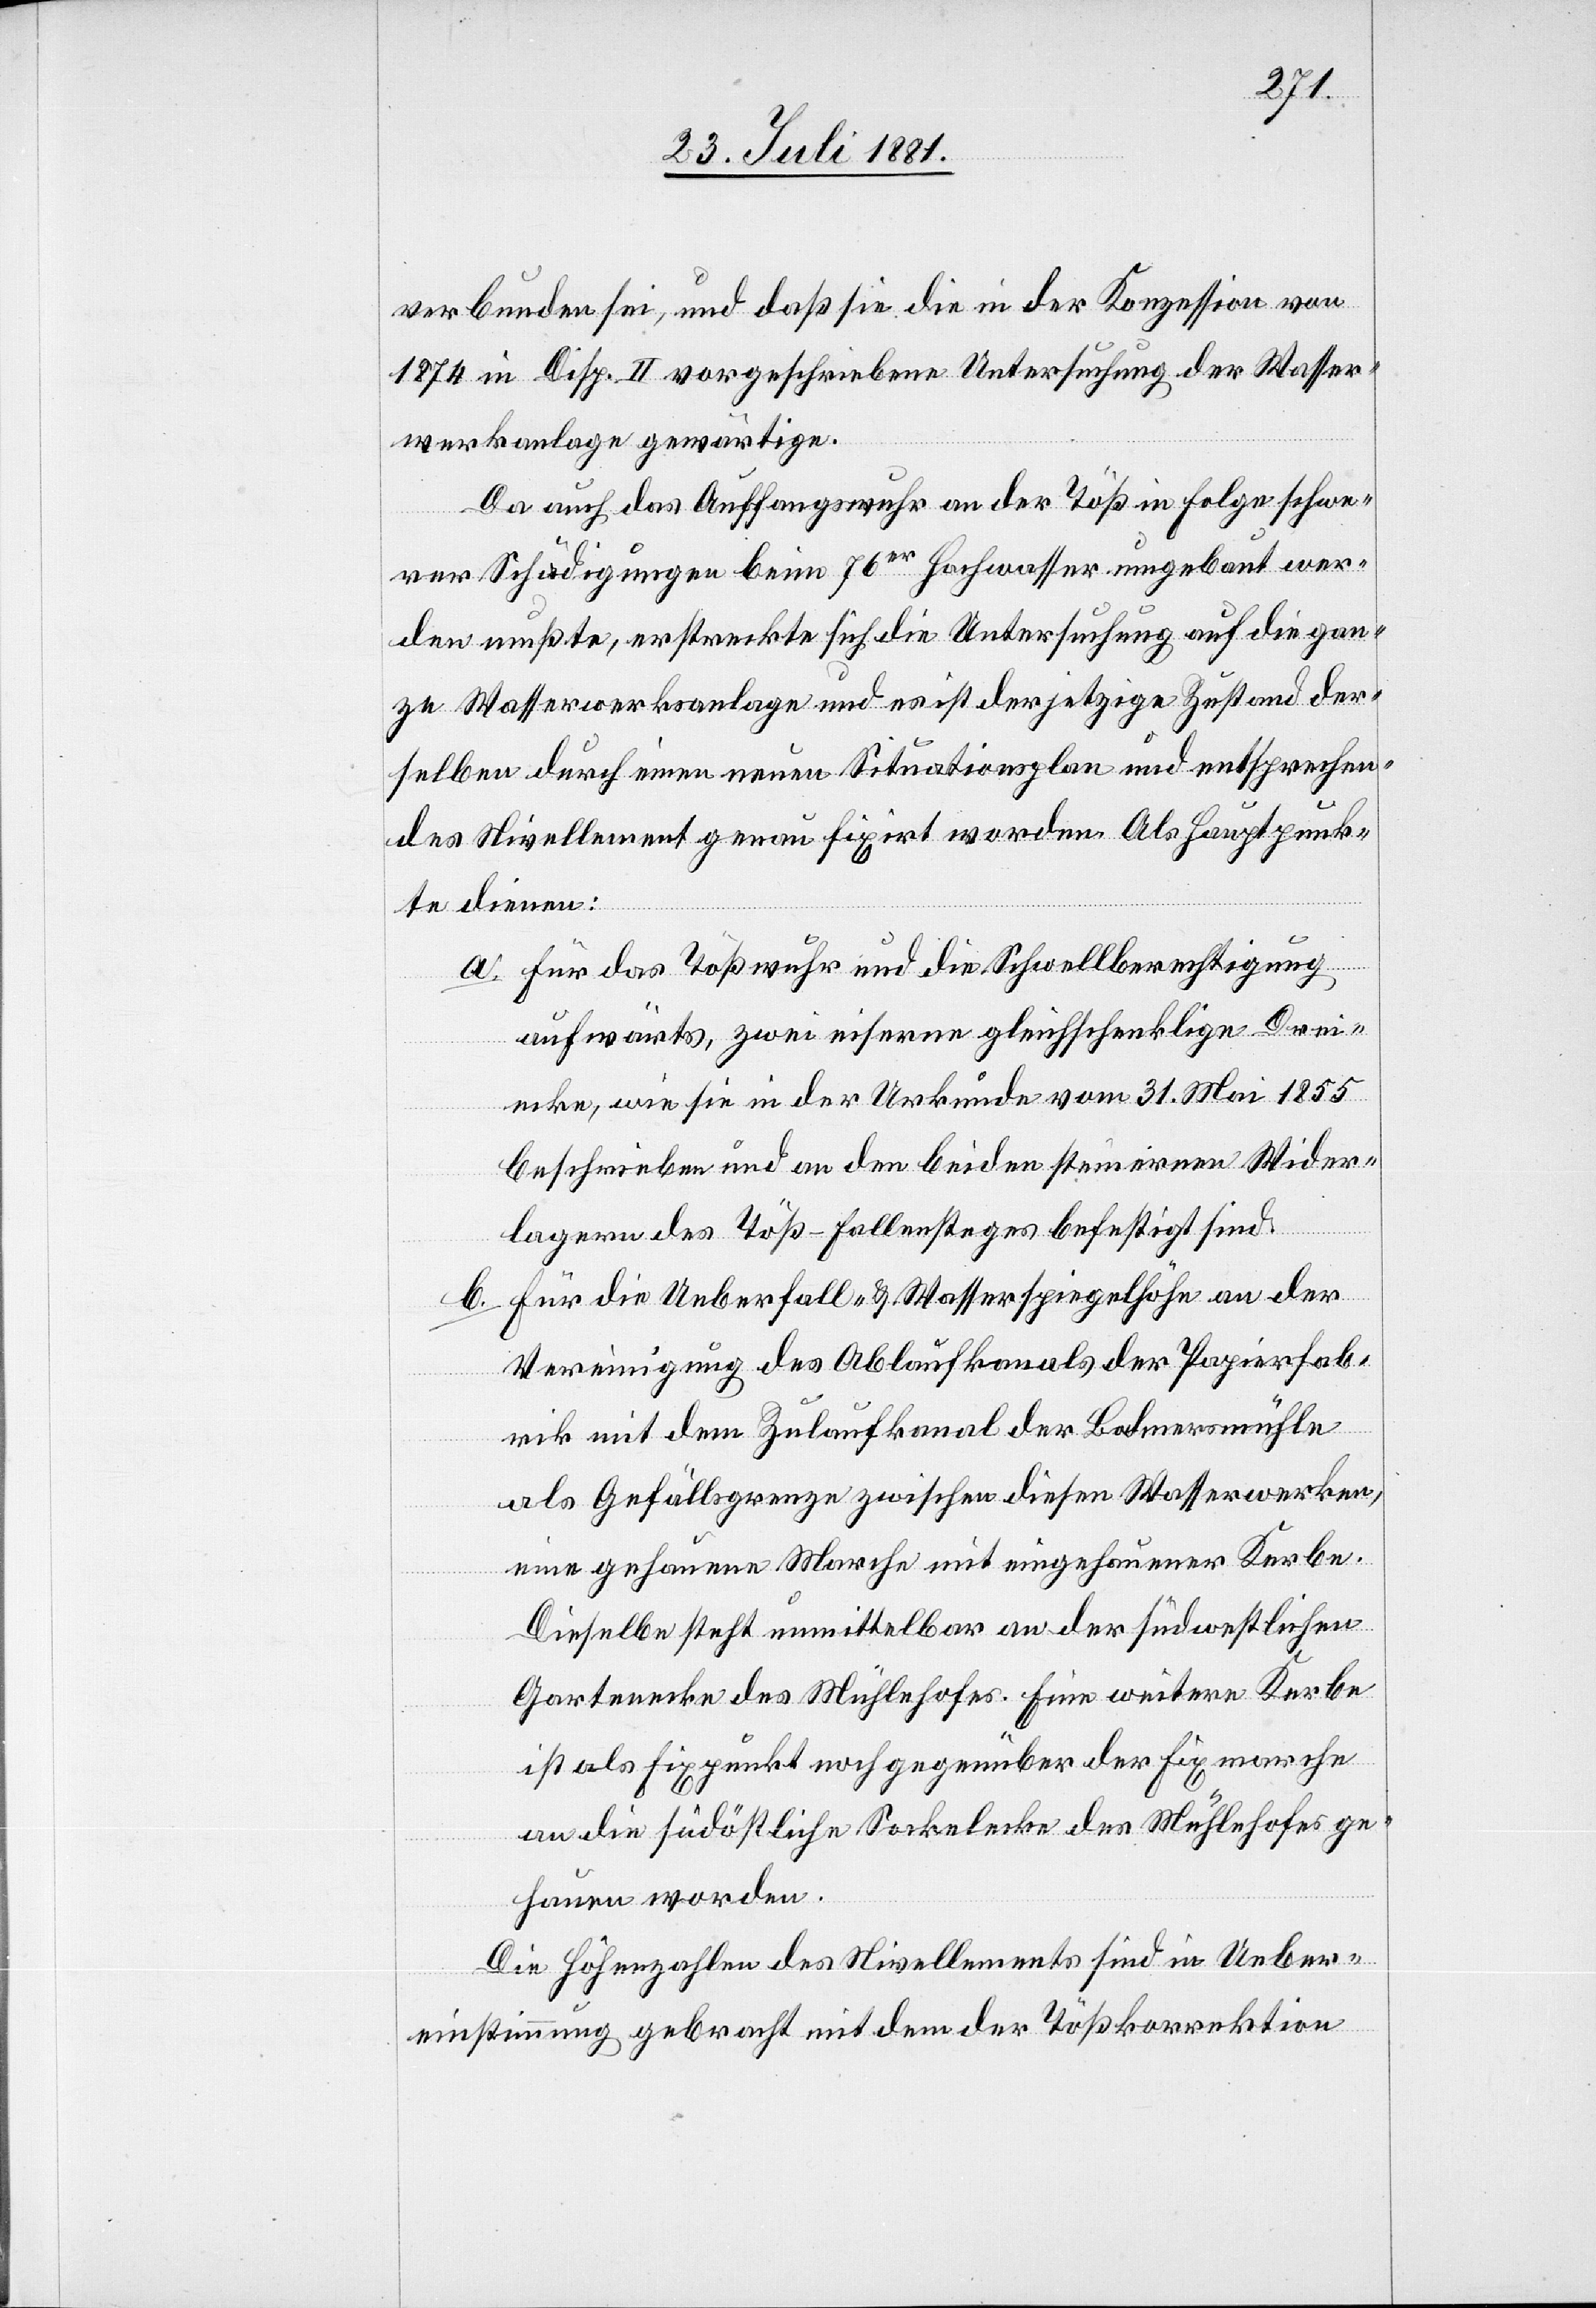
verbunden sei, und daß sie die in der Konzession von
1874 in Disp. II vorgeschriebene Untersuchung der Wasser¬
werkanlage gewärtige.
Da auch das Auffangswuhr an der Töß in Folge schwe¬
rer Schädigungen beim 76er Hochwasser ausgebaut wer¬
den mußte, erstreckte sich die Untersuchung auf die gan¬
ze Wasserwerksanlage und es ist der jetzige Zustand der¬
selben durch einen neuen Situationsplan und entsprechen¬
des Nivellement genau fixirt worden. Als Hauptpunk¬
te dienen:
a. Für das Tößwuhr und die Schwellberechtigung
aufwärts, zwei eiserne gleichschenklige Drei¬
ecke, wie sie in der Urkunde vom 31. Mai 1855
beschrieben und an den beiden steinernen Wider¬
lagern des Töß-Fallensteges befestigt sind.
b. Für die Ueberfall- & Wasserspiegelhöhe an der
Vereinigung des Ablaufkanals der Papierfab¬
rik mit dem Zulaufkanal der Bodmersmühle
als Gefällsgrenze zwischen diesen Wasserwerken,
eine gehauene Marche mit eingehauener Kerbe
ist als Fixpunkt noch gegenüber der Fixmarche
an die südöstliche Sockelecke des Mühlehofes ge¬
hauen worden.
Die Höhenzahlen des Nivellements sind in Ueber¬
einstimmung gebracht mit dem der Tößkorrektion